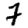
Digit: 7